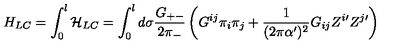
H _ { L C } = \int _ { 0 } ^ { l } \mathcal { H } _ { L C } = \int _ { 0 } ^ { l } d \sigma \frac { G _ { + - } } { 2 \pi _ { - } } \left( G ^ { i j } \pi _ { i } \pi _ { j } + \frac { 1 } { ( 2 \pi \alpha ^ { \prime } ) ^ { 2 } } G _ { i j } Z ^ { i \prime } Z ^ { j \prime } \right)